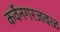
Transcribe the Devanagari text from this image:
कर्वेनगरजवळ